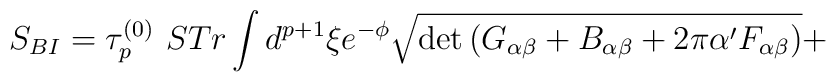
S_{BI} =  \tau_{p}^{(0)} \,\, STr \int d^{p+1} \xi e^{- \phi} \sqrt{ \det \left( G_{\alpha \beta} + B_{\alpha \beta} + 2 \pi \alpha ' F_{\alpha \beta} \right)}+